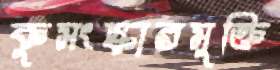
কুসংস্কারমুক্তি